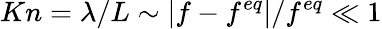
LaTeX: Kn=\lambda/L\sim|f-f^{eq}|/f^{eq}\ll 1